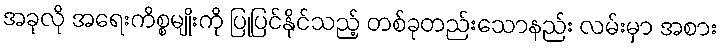
အခုလို အရေးကိစ္စမျိုးကို ပြုပြင်နိုင်သည့် တစ်ခုတည်းသောနည်း လမ်းမှာ အစား